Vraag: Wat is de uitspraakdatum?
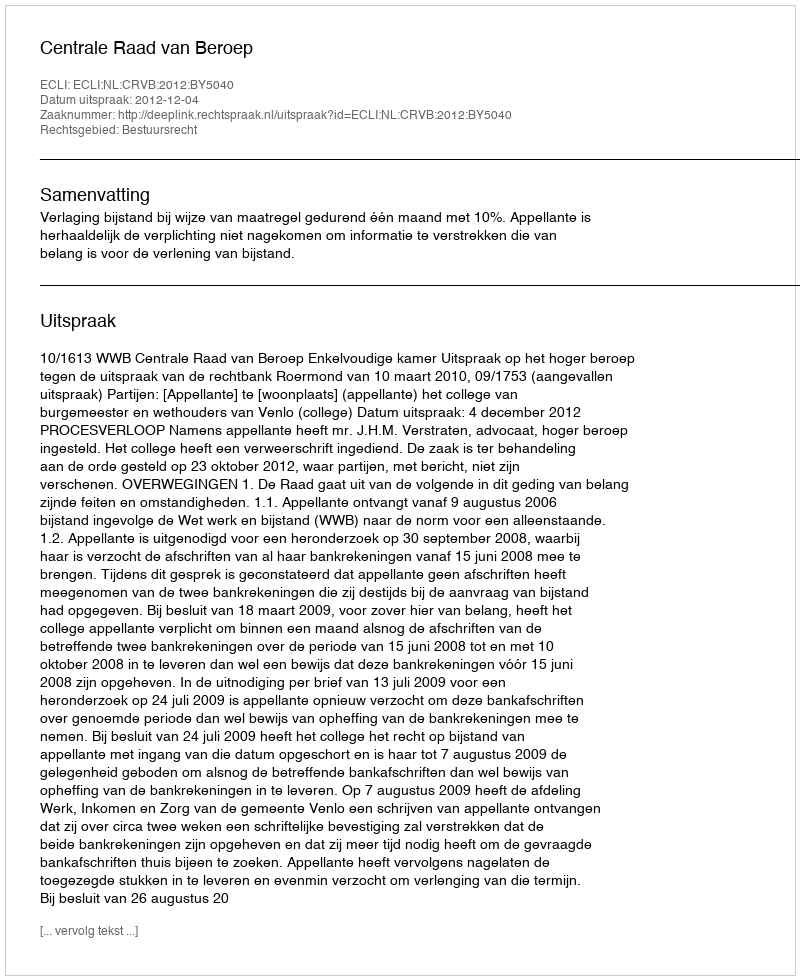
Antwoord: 2012-12-04